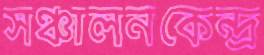
সঞ্চালনকেন্দ্র